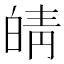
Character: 皘